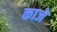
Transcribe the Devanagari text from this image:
काजे